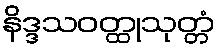
နိဒ္ဒသဝတ္ထုသုတ္တံ